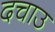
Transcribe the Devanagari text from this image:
दचाउ